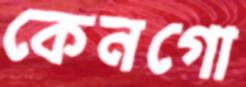
কেনগো